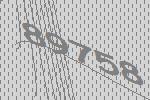
89758